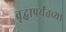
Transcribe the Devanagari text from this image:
वृद्धापर्यंतच्या